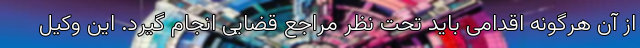
از آن هرگونه اقدامی باید تحت نظر مراجع قضایی انجام گیرد. این وکیل